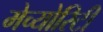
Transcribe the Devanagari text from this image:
मेच्योरिटी